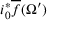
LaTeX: i _ { 0 } ^ { * } { \overline { { f } } } ( \Omega ^ { \prime } )